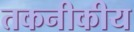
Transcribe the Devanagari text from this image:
तकनीकीय